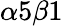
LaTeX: \alpha 5\beta 1